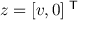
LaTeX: z = [ v , 0 ] ^ { \textsf { T } }